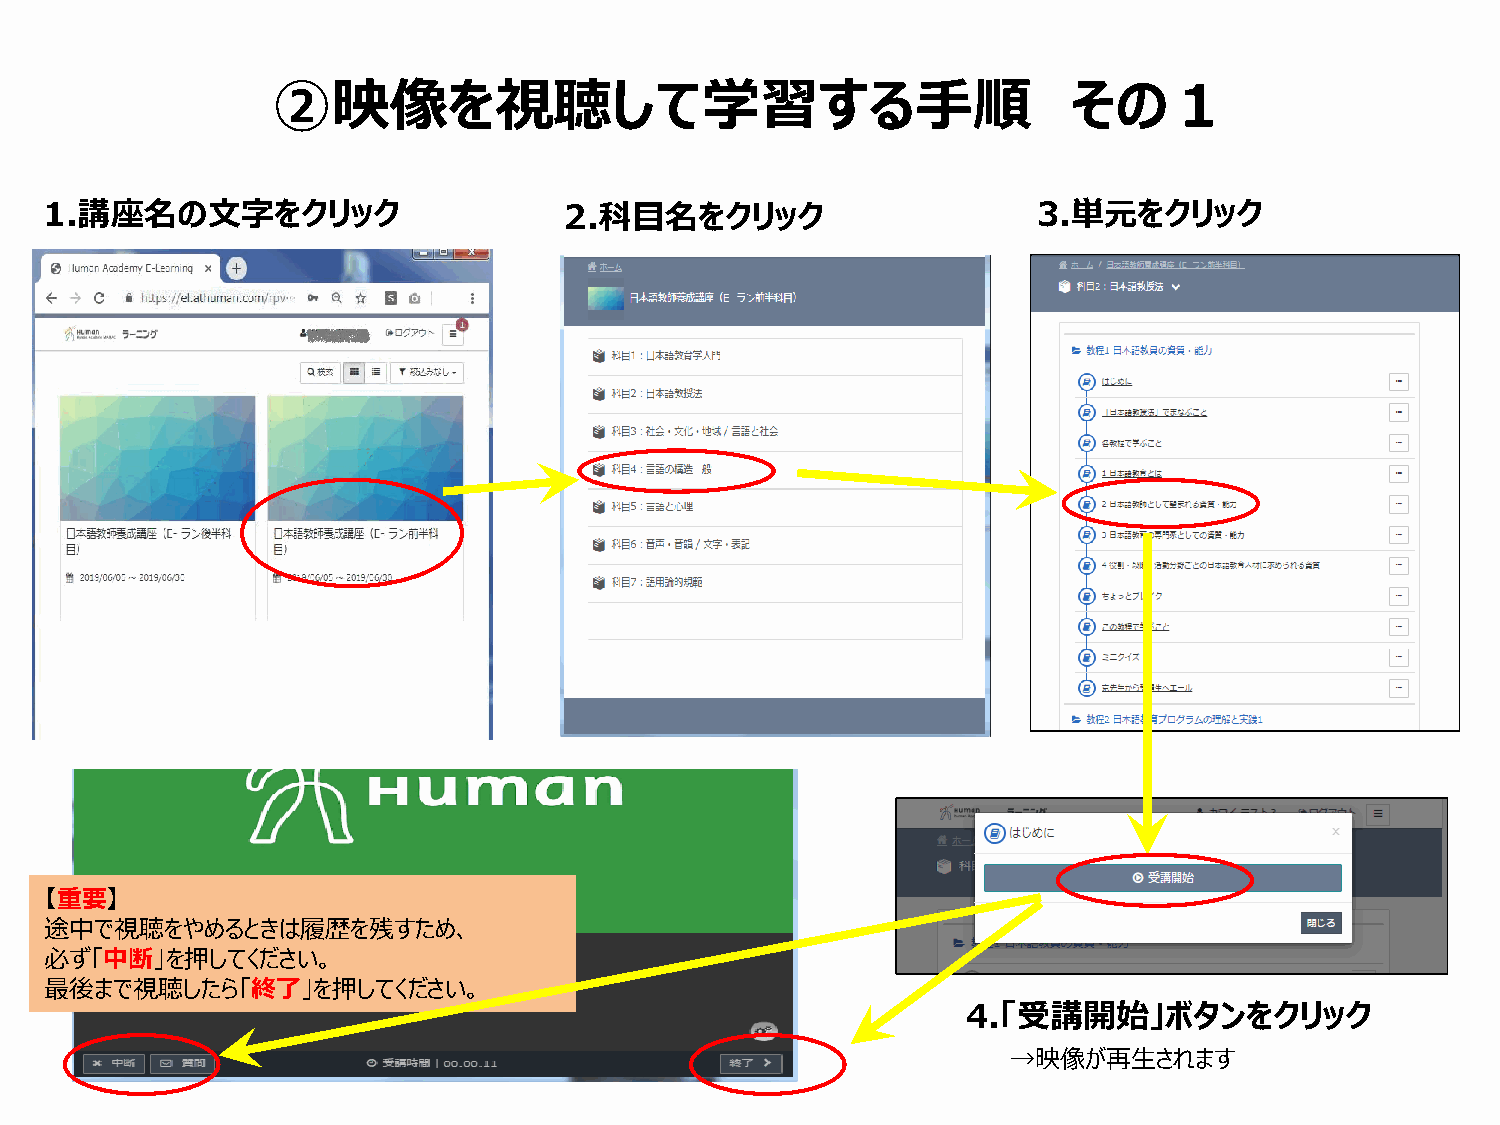
②映像を視聴して学習する手順                                       その１
 1.講座名の文字をクリック                     2.科目名をクリック                      3.単元をクリック
 【重要】
 途中で視聴をやめるときは履歴を残すため、
 必ず「中断」を押してください。
 最後まで視聴したら「終了」を押してください。
 4.「受講開始」ボタンをクリック
 →映像が再生されます